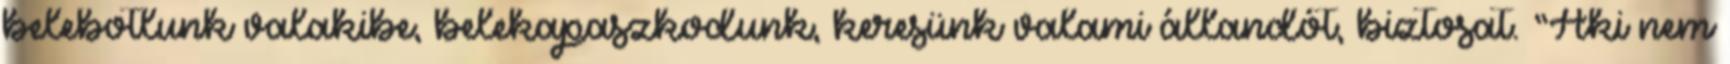
belebotlunk valakibe, belekapaszkodunk, keresünk valami állandót, biztosat. “Aki nem